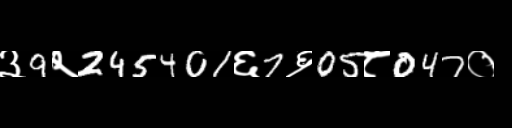
Text: ३9२245401६7६05८047०